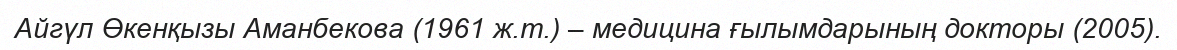
Айгүл Өкенқызы Аманбекова (1961 ж.т.) – медицина ғылымдарының докторы (2005).